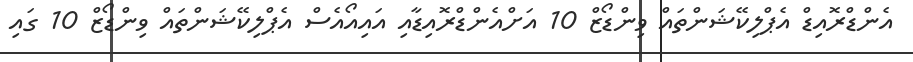
އެންޑްރޮއިޑް އެޕްލިކޭޝަންތައް ވިންޑޯޒް 10 އަށްއެންޑްރޮއިޑާއި އައިއޯއެސް އެޕްލިކޭޝަންތައް ވިންޑޯޒް 10 ގައި